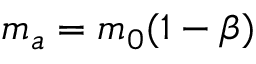
m _ { a } = m _ { 0 } ( 1 - \beta )